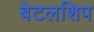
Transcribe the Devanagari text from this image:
बेटलशिप